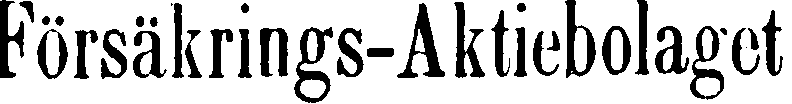
Försäkrings-Aktiebolaget